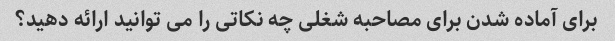
برای آماده شدن برای مصاحبه شغلی چه نکاتی را می توانید ارائه دهید؟